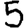
Digit: 5